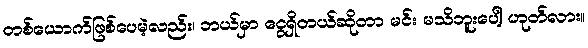
တစ်ယောက်ဖြစ်ပေမဲ့လည်း၊ ဘယ်မှာ ငွေရှိတယ်ဆိုတာ မင်း မသိဘူးပေါ့ ဟုတ်လား။